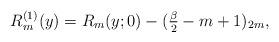
LaTeX: \begin{align*} R^{(1)}_{m}(y) &=R_{m}(y;0)-(\tfrac{\beta}{2}-m+1)_{2m}, \end{align*}